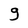
Character: g